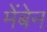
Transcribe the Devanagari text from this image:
मेंबेन